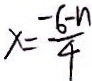
x = \frac { - 6 - n } { 4 }